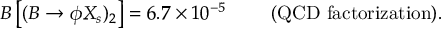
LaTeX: { \cal B } \left[ ( B \to \phi X _ { s } ) _ { 2 } \right] = 6 . 7 \times 1 0 ^ { - 5 } ~ ~ ~ ~ ~ ~ ~ ( \mathrm { Q C D ~ f a c t o r i z a t i o n } ) .